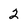
Character: 2